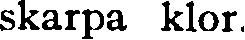
skarpa klor.